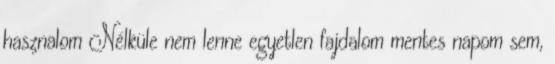
hasznalom Nélküle nem lenne egyetlen fajdalom mentes napom sem,